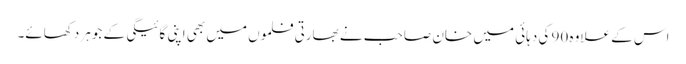
اس کے علاوہ 90 کی دہائی میں خان صاحب نے بھارتی فلموں میں بھی اپنی گائیگی کے جوہر دکھائے۔